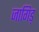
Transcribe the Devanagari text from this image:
जागिड्